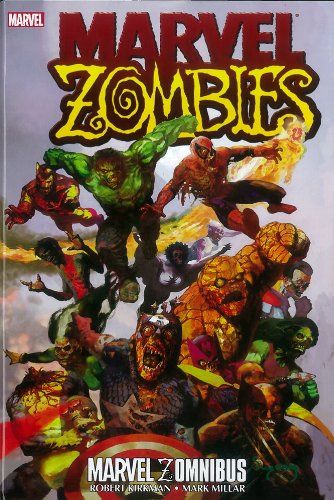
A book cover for Marvel Zomnibus (Marvel Zombies); Robert Kirkman; Comics & Graphic Novels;